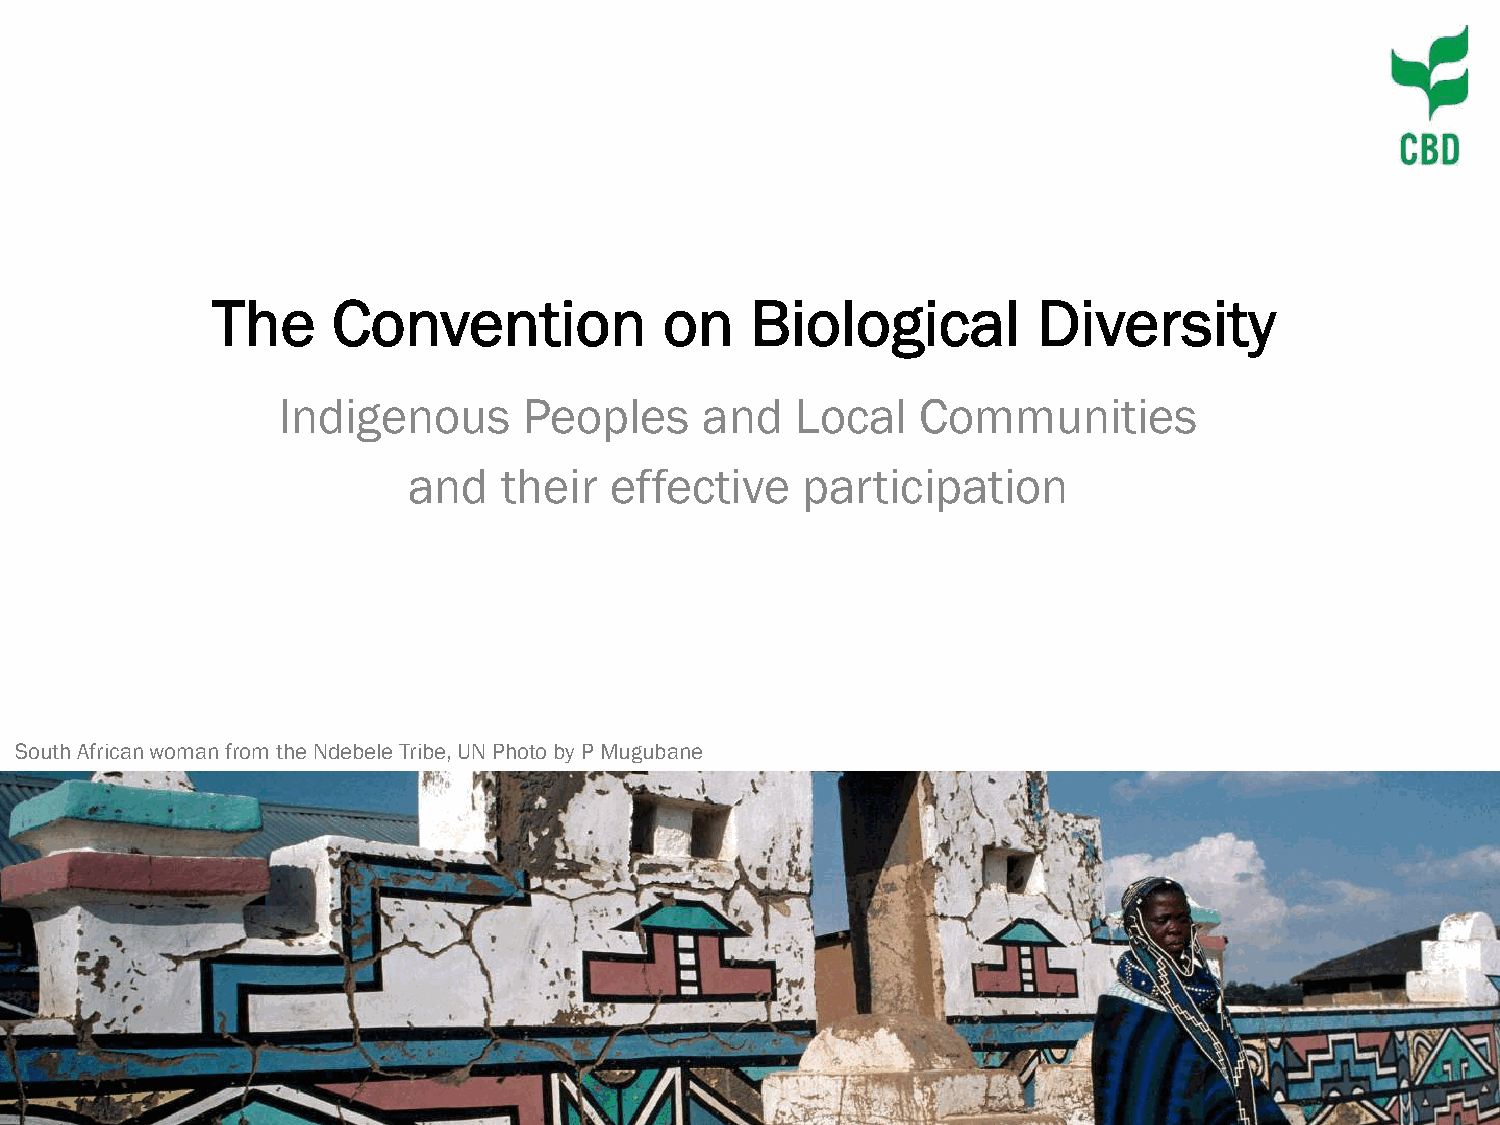
The     Convention            on    Biological         Diversity
 Indigenous       Peoples    and    Local   Communities
 and   their  effective    participation
 South African woman from the Ndebele Tribe, UN Photo by P Mugubane